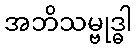
အဘိသမ္ဗုဒ္ဓါ